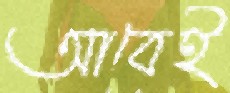
আবেই